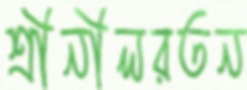
শ্রীনীলরতন